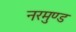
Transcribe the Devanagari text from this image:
नरमुण्ड